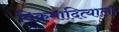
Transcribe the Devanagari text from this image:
विक्रमादित्याला